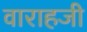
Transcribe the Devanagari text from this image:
वाराहजी